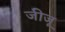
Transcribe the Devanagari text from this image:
जीजू